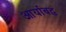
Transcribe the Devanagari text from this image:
आर्याबद्ध